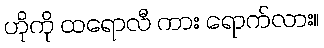
ဟိုကို ထရောလီ ကား ရောက်လား။